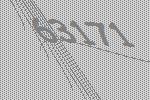
63171